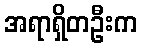
အရာရှိတဦးက